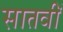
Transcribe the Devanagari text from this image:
सातवीँ